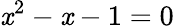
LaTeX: \mathit{x}^{2}-\mathit{x}-1=0